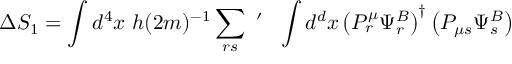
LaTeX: \Delta S _ { 1 } = \int d ^ { 4 } x ~ h ( 2 m ) ^ { - 1 } \sum _ { r s } ~ ^ { \prime } ~ ~ \int d ^ { d } x \left( P _ { r } ^ { \mu } \Psi _ { r } ^ { B } \right) ^ { \dagger } \left( P _ { \mu s } \Psi _ { s } ^ { B } \right)